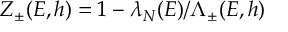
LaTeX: Z _ { \pm } ( E , h ) = 1 - \lambda _ { N } ( E ) / \Lambda _ { \pm } ( E , h )